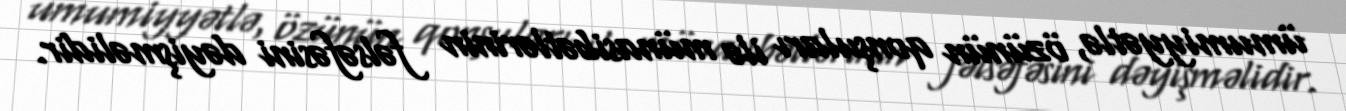
ümumiyyətlə, özünün qonşuları ilə münasibətlərinin fəlsəfəsini dəyişməlidir.